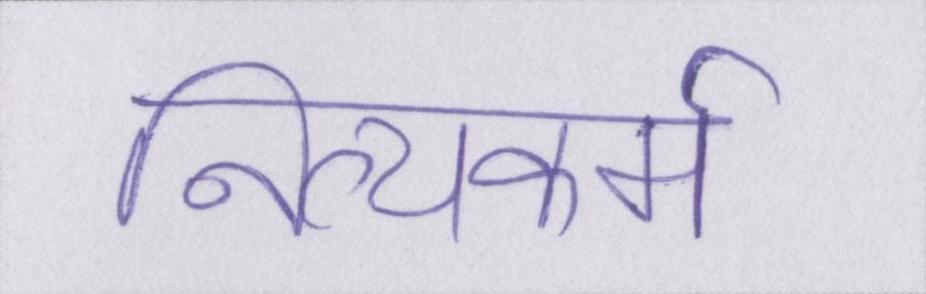
नित्यकर्म